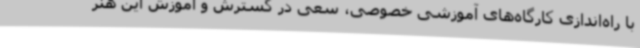
با راه‌اندازی کارگاه‌های آموزشی خصوصی، سعی در گسترش و آموزش این هنر